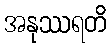
အနုဿရတိ